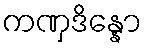
ကဏှဒိန္နော